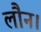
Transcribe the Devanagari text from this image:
लौन।